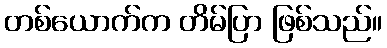
တစ်ယောက်က တိမ်ပြာ ဖြစ်သည်။